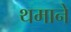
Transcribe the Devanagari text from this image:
थमाने